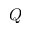
Q